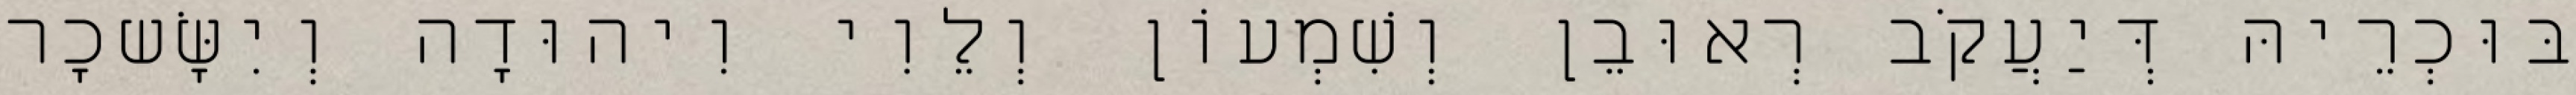
בּוּכְרֵיהּ דְּיַעֲקֹב רְאוּבֵן וְשִׁמְעוֹן וְלֵוִי וִיהוּדָה וְיִשָּׂשכָר